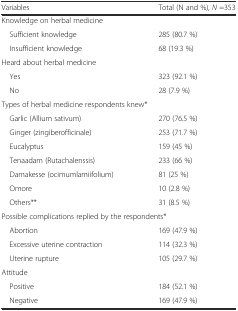
<table><thead><tr><td><b>Variables</b></td><td><b>Total (N and %), <i>N</i> =353</b></td></tr></thead><tbody><tr><td colspan="2">Knowledge on herbal medicine</td></tr><tr><td> Sufficient knowledge</td><td>285 (80.7 %)</td></tr><tr><td> Insufficient knowledge</td><td>68 (19.3 %)</td></tr><tr><td colspan="2">Heard about herbal medicine</td></tr><tr><td> Yes</td><td>323 (92.1 %)</td></tr><tr><td> No</td><td>28 (7.9 %)</td></tr><tr><td colspan="2">Types of herbal medicine respondents knew*</td></tr><tr><td> Garlic (Allium sativum)</td><td>270 (76.5 %)</td></tr><tr><td> Ginger (zingiberofficinale)</td><td>253 (71.7 %)</td></tr><tr><td> Eucalyptus</td><td>159 (45 %)</td></tr><tr><td> Tenaadam (Rutachalenssis)</td><td>233 (66 %)</td></tr><tr><td> Damakesse (ocimumlamiifolium)</td><td>81 (25 %)</td></tr><tr><td> Omore</td><td>10 (2.8 %)</td></tr><tr><td> Others**</td><td>31 (8.5 %)</td></tr><tr><td colspan="2">Possible complications replied by the respondents*</td></tr><tr><td> Abortion</td><td>169 (47.9 %)</td></tr><tr><td> Excessive uterine contraction</td><td>114 (32.3 %)</td></tr><tr><td> Uterine rupture</td><td>105 (29.7 %)</td></tr><tr><td colspan="2">Attitude</td></tr><tr><td> Positive</td><td>184 (52.1 %)</td></tr><tr><td> Negative</td><td>169 (47.9 %)</td></tr></tbody></table>